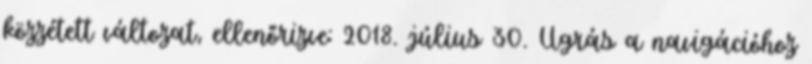
közzétett változat, ellenőrizve: 2018. július 30. Ugrás a navigációhoz